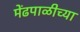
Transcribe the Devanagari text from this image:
मेंढपाळीच्या